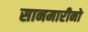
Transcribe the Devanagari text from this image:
सानमारीनो